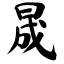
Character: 晟